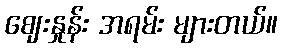
ဈေးနှုန်း အရမ်း များတယ်။